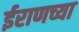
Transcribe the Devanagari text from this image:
ईराणच्या